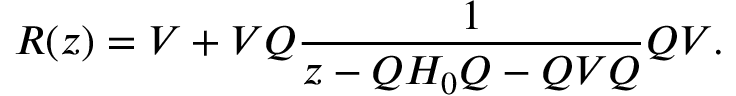
R ( z ) = V + V Q \frac { 1 } { z - Q H _ { 0 } Q - Q V Q } Q V .